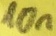
Text: 10n